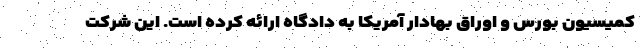
کمیسیون بورس و اوراق بهادار آمریکا به دادگاه ارائه کرده است. این شرکت